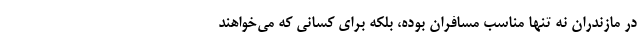
در مازندران نه تنها مناسب مسافران بوده، بلکه برای کسانی که می­‌خواهند